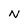
Character: N